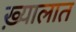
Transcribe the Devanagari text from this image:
ख़्यालात